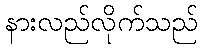
နားလည်လိုက်သည်